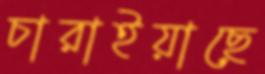
চারাইয়াছে